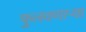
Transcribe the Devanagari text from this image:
फुलवणाऱ्या